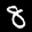
Label: 8